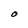
Character: O